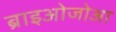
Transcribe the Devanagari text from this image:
ब्राइओजोआ